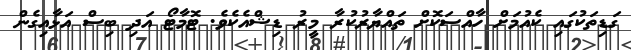
ގަޑިތަކުގައި ކެއުމަށް ހާއްސަކޮށް ތައްޔާރުކުރާ މީރު ޑިޝްއެކެވެ. ޓޮމާޓޯ އަދި ބިސް އަޅާއިގެން